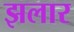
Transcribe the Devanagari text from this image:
झलार